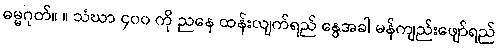
ဓမ္မဂုတ်။ ။ သံဃာ ၄၀၀ ကို ညနေ ထန်းလျက်ရည် နွေအခါ မန်ကျည်းဖျော်ရည်